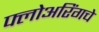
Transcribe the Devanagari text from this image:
फ्लोअरिंगचे